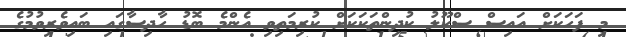
މި ފަހަކަށް އައިސް ސްކޫލު ކުދިންތަކަކަށް ކުރިމަތިވި އެންމެ ބޮޑު ހާދިސާގައި ބައިވެރިވުމުގެ